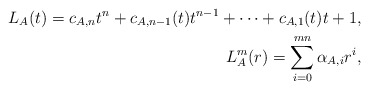
\begin{align*} L_A(t) = c_{A, n} t^n + c_{A, n-1}(t) t^{n-1} + \dots + c_{A, 1}(t) t + 1, \\ L_{A}^{m}(r) = \sum_{i = 0}^{mn} \alpha_{A, i}r^i, \end{align*}